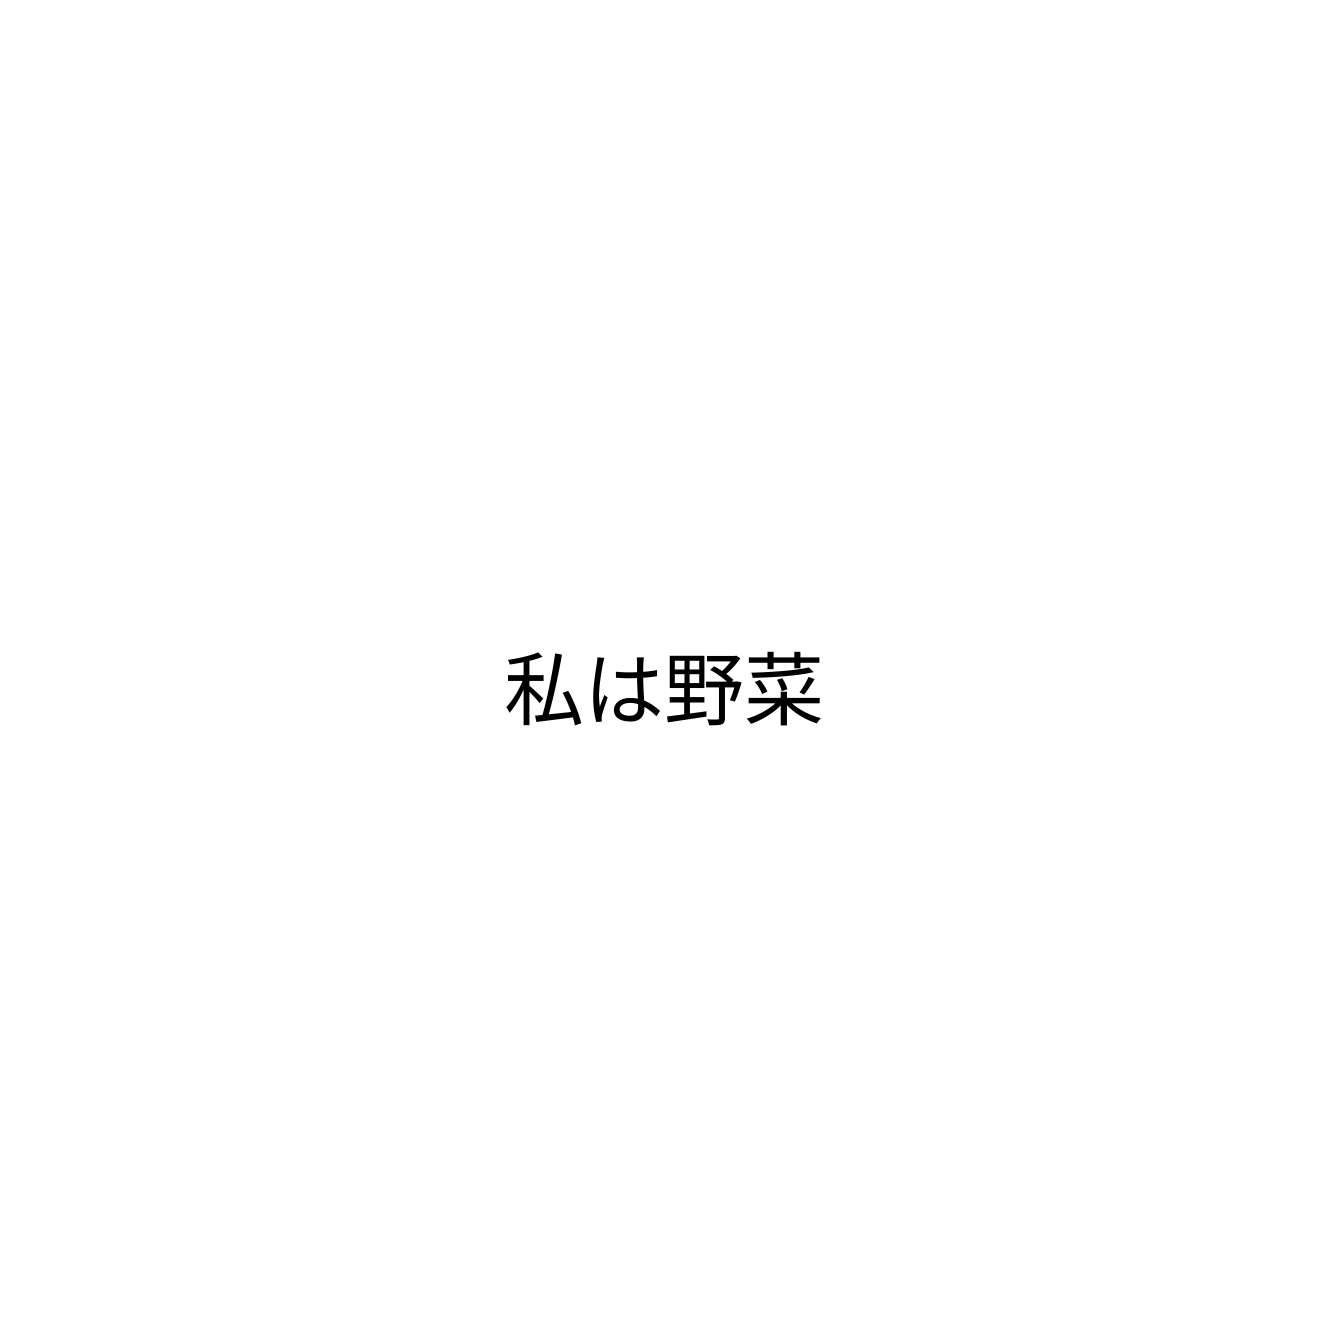
私は野菜